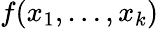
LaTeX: f(x_{1},\ldots,x_{k})